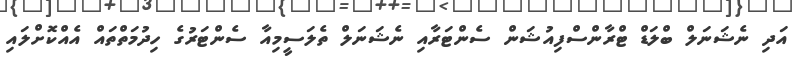
އަދި ނެޝަނަލް ބްލަޑް ޓްރާންސްފިއުޝަން ސެންޓަރާއި ނެޝަނަލް ތެލަސީމިއާ ސެންޓަރުގެ ހިދުމަތްތައް އެއްކޮށްލައި